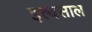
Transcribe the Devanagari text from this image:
इत्त्थसाल